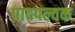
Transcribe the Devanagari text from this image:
पादपल्वक